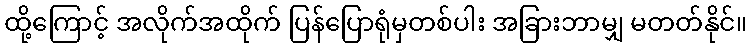
ထို့ကြောင့် အလိုက်အထိုက် ပြန်ပြောရုံမှတစ်ပါး အခြားဘာမျှ မတတ်နိုင်။